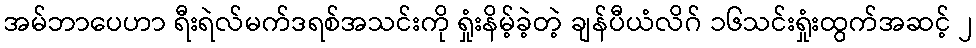
အမ်ဘာပေဟာ ရီးရဲလ်မက်ဒရစ်အသင်းကို ရှုံးနိမ့်ခဲ့တဲ့ ချန်ပီယံလိဂ် ၁၆သင်းရှုံးထွက်အဆင့် ၂